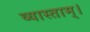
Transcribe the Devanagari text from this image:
व्यास्ताम्।